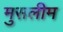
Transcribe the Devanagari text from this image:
मुसलीम